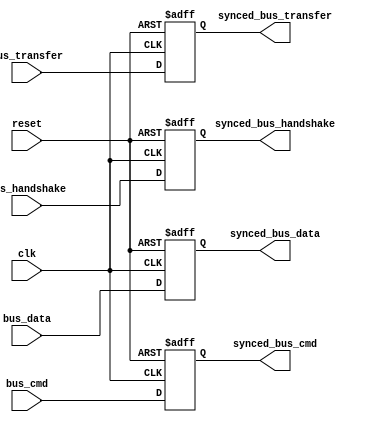
module timing_sync_blocks(
    input wire clk, // Main clock signal
    input wire reset, // Reset signal

    // Bus signals
    input wire [31:0] bus_data,
    input wire bus_cmd,
    input wire bus_transfer,
    input wire bus_handshake,

    // Timing control and synchronization signals
    output reg [31:0] synced_bus_data,
    output reg synced_bus_cmd,
    output reg synced_bus_transfer,
    output reg synced_bus_handshake
);

// Synchronization block for bus signals
always @(posedge clk or posedge reset) begin
    if (reset) begin
        synced_bus_data <= 32'b0;
        synced_bus_cmd <= 1'b0;
        synced_bus_transfer <= 1'b0;
        synced_bus_handshake <= 1'b0;
    end else begin
        synced_bus_data <= bus_data;
        synced_bus_cmd <= bus_cmd;
        synced_bus_transfer <= bus_transfer;
        synced_bus_handshake <= bus_handshake;
    end
end

// Arbitration logic between multiple masters
// (To be implemented based on specific requirements)

endmodule